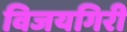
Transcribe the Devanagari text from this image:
विजयगिरी